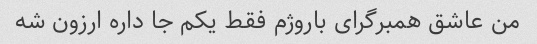
من عاشق همبرگرای باروژم فقط یکم جا داره ارزون شه